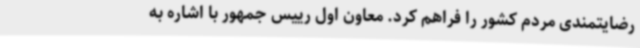
رضایتمندی مردم کشور را فراهم کرد. معاون اول رییس جمهور با اشاره به